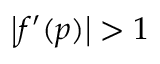
\left| f ^ { \prime } ( p ) \right| > 1